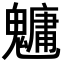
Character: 𩴔